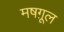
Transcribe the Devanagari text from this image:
मषग़ूल